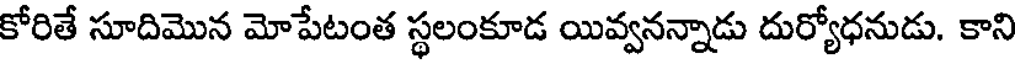
కోరితే సూదిమొన మోపేటంత స్థలంకూడ యివ్వనన్నాడు దుర్యోధనుడు. కాని